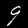
Digit: 9